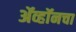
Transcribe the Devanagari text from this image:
ॲव्हॉनचा